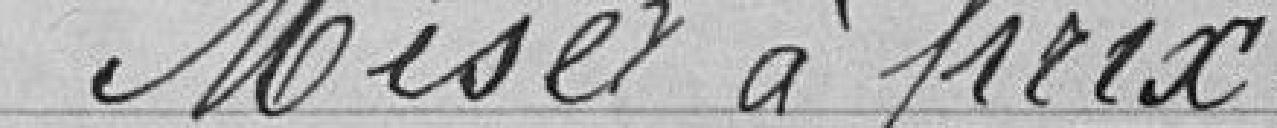
Mise à prix